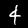
Digit: 4